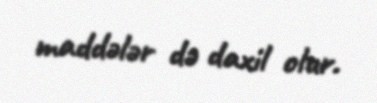
maddələr də daxil olur.